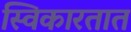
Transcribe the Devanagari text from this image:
स्विकारतात